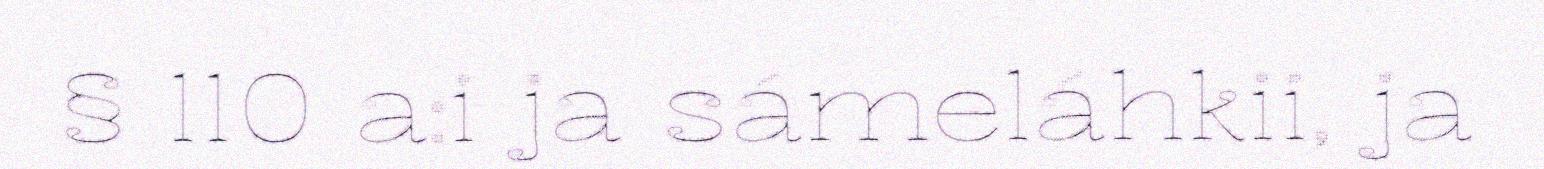
§ 110 a:i ja sámeláhkii, ja